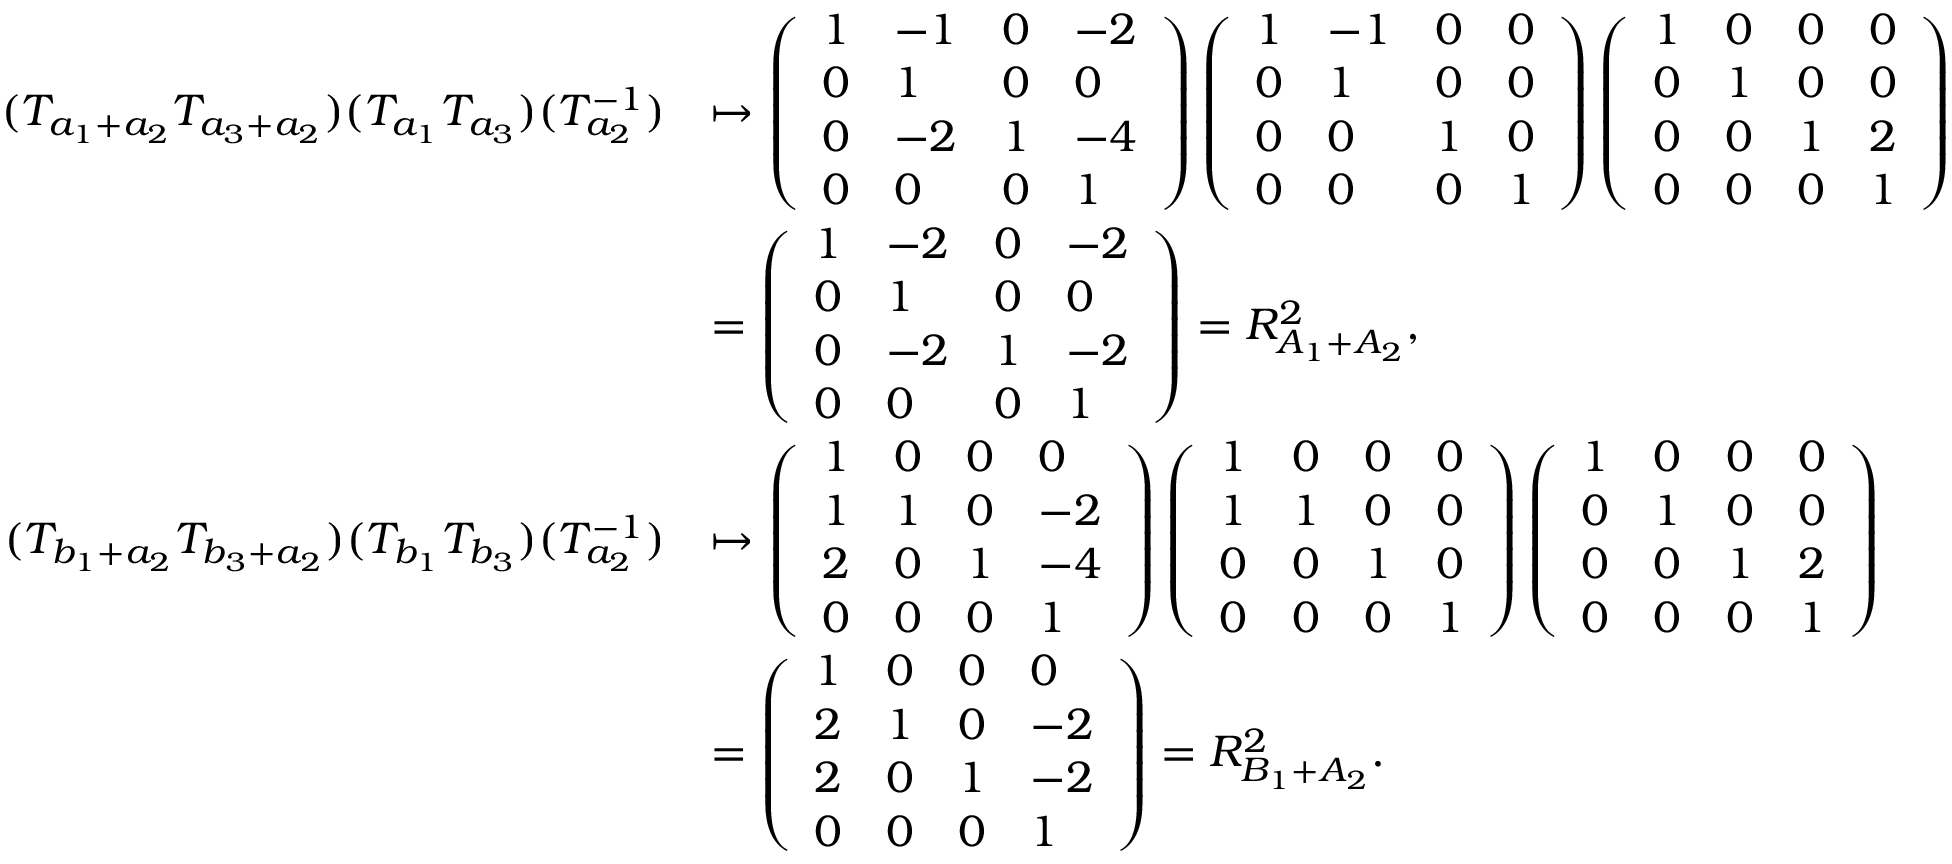
\begin{array} { r l } { ( T _ { a _ { 1 } + a _ { 2 } } T _ { a _ { 3 } + a _ { 2 } } ) ( T _ { a _ { 1 } } T _ { a _ { 3 } } ) ( T _ { a _ { 2 } } ^ { - 1 } ) } & { \mapsto \left( \begin{array} { l l l l } { 1 } & { - 1 } & { 0 } & { - 2 } \\ { 0 } & { 1 } & { 0 } & { 0 } \\ { 0 } & { - 2 } & { 1 } & { - 4 } \\ { 0 } & { 0 } & { 0 } & { 1 } \end{array} \right) \left( \begin{array} { l l l l } { 1 } & { - 1 } & { 0 } & { 0 } \\ { 0 } & { 1 } & { 0 } & { 0 } \\ { 0 } & { 0 } & { 1 } & { 0 } \\ { 0 } & { 0 } & { 0 } & { 1 } \end{array} \right) \left( \begin{array} { l l l l } { 1 } & { 0 } & { 0 } & { 0 } \\ { 0 } & { 1 } & { 0 } & { 0 } \\ { 0 } & { 0 } & { 1 } & { 2 } \\ { 0 } & { 0 } & { 0 } & { 1 } \end{array} \right) } \\ & { = \left( \begin{array} { l l l l } { 1 } & { - 2 } & { 0 } & { - 2 } \\ { 0 } & { 1 } & { 0 } & { 0 } \\ { 0 } & { - 2 } & { 1 } & { - 2 } \\ { 0 } & { 0 } & { 0 } & { 1 } \end{array} \right) = R _ { A _ { 1 } + A _ { 2 } } ^ { 2 } , } \\ { ( T _ { b _ { 1 } + a _ { 2 } } T _ { b _ { 3 } + a _ { 2 } } ) ( T _ { b _ { 1 } } T _ { b _ { 3 } } ) ( T _ { a _ { 2 } } ^ { - 1 } ) } & { \mapsto \left( \begin{array} { l l l l } { 1 } & { 0 } & { 0 } & { 0 } \\ { 1 } & { 1 } & { 0 } & { - 2 } \\ { 2 } & { 0 } & { 1 } & { - 4 } \\ { 0 } & { 0 } & { 0 } & { 1 } \end{array} \right) \left( \begin{array} { l l l l } { 1 } & { 0 } & { 0 } & { 0 } \\ { 1 } & { 1 } & { 0 } & { 0 } \\ { 0 } & { 0 } & { 1 } & { 0 } \\ { 0 } & { 0 } & { 0 } & { 1 } \end{array} \right) \left( \begin{array} { l l l l } { 1 } & { 0 } & { 0 } & { 0 } \\ { 0 } & { 1 } & { 0 } & { 0 } \\ { 0 } & { 0 } & { 1 } & { 2 } \\ { 0 } & { 0 } & { 0 } & { 1 } \end{array} \right) } \\ & { = \left( \begin{array} { l l l l } { 1 } & { 0 } & { 0 } & { 0 } \\ { 2 } & { 1 } & { 0 } & { - 2 } \\ { 2 } & { 0 } & { 1 } & { - 2 } \\ { 0 } & { 0 } & { 0 } & { 1 } \end{array} \right) = R _ { B _ { 1 } + A _ { 2 } } ^ { 2 } . } \end{array}